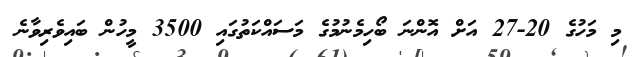
މި މަހުގެ 20-27 އަށް އޮންނަ ބޯހިމެނުމުގެ މަސައްކަތުގައި 3500 މީހުން ބައިވެރިވާނެ